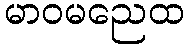
မာဝမညေထ